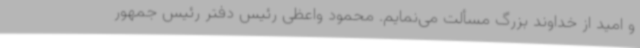
و امید از خداوند بزرگ مسألت می‌نمایم. محمود واعظی رئیس دفتر رئیس جمهور